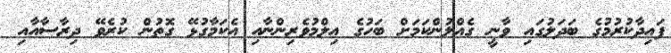
ފައިދާކުރުމުގެ ބަދަލުގައި ވާނީ ގެއްލުންކަމަށް ބަހުގެ ޢިލްމުވެރިންނާއި އެކަމާގުޅޭ ގޮތުން ކުރެވޭ ދިރާސާއާއި